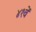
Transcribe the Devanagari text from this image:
४१वें